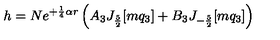
h = N e ^ { + \frac { 1 } { 4 } \alpha r } \left( A _ { 3 } J _ { \frac { 5 } { 2 } } [ m q _ { 3 } ] + B _ { 3 } J _ { - \frac { 5 } { 2 } } [ m q _ { 3 } ] \right)